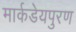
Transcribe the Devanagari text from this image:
मार्कडेयपुरण